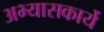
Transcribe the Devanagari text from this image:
अभ्यासकार्ये